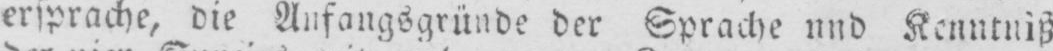
der Sprache und Kenntnis